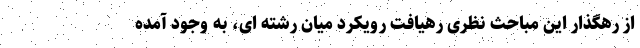
از رهگذار این مباحث نظری رهیافت رویکرد میان رشته ای، به وجود آمده